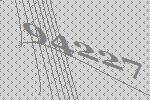
94227